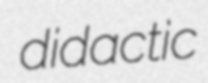
didactic